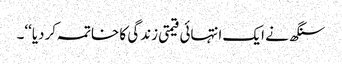
سنگھ نے ایک انتہائی قیمتی زندگی کا خاتمہ کردیا‘‘۔